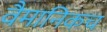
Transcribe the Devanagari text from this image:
वैमानिकच